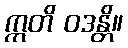
ဣတိ ဝဒန္တိ။